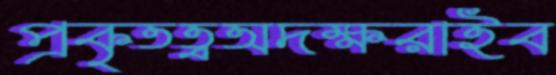
প্রকৃতত্বঅদক্ষরাইব